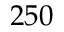
2 5 0